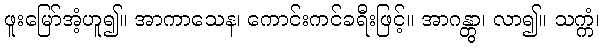
ဖူးမြော်အံ့ဟူ၍။ အာကာသေန၊ ကောင်းကင်ခရီးဖြင့်။ အာဂန္တွာ၊ လာ၍။ သက္ကံ၊